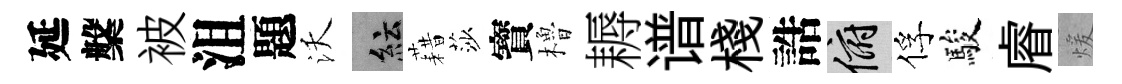
延槃被沮題沃紜藉莎寳櫓耨谱棧誥俯俘駿𥈠煖